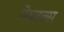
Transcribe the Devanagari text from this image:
मेयटल्स